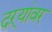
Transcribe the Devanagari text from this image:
दऱ्यांवर